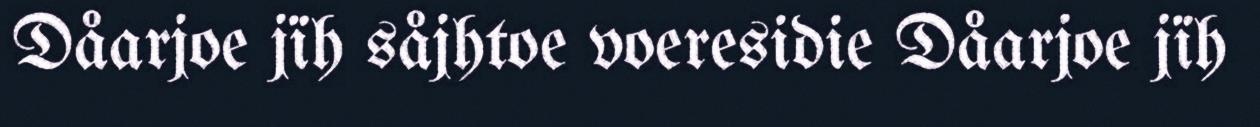
Dåarjoe jïh såjhtoe voeresidie Dåarjoe jïh